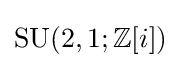
\operatorname {SU} (2,1;\mathbb {Z} [i])